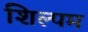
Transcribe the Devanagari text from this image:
शिल्पम